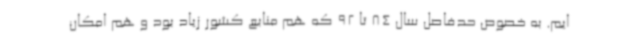
ایم. به خصوص حدفاصل سال 84 تا 92 که هم منابع کشور زیاد بود و هم امکان